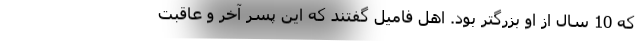
که 10 سال از او بزرگتر بود. اهل فامیل گفتند که این پسر آخر و عاقبت